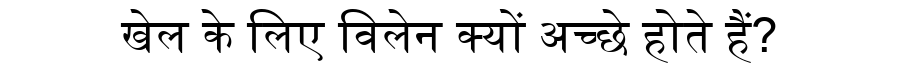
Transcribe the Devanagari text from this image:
खेल के लिए विलेन क्यों अच्छे होते हैं?